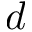
d